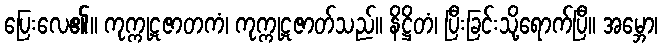
ပြေးလေ၏။ ကုက္ကုဋဇာတကံ၊ ကုက္ကုဋဇာတ်သည်။ နိဋ္ဌိတံ၊ ပြီးခြင်းသို့ရောက်ပြီ။ အမ္ဘော၊